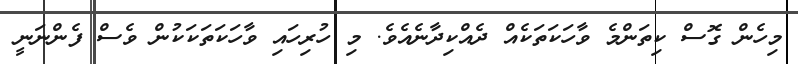
މިހެން ގޮސް ކިތަންމެ ވާހަކަތަކެއް ދެއްކިދާނެއެވެ. މި ހުރިހައި ވާހަކަތަކަކުން ވެސް ފެންނަނީ